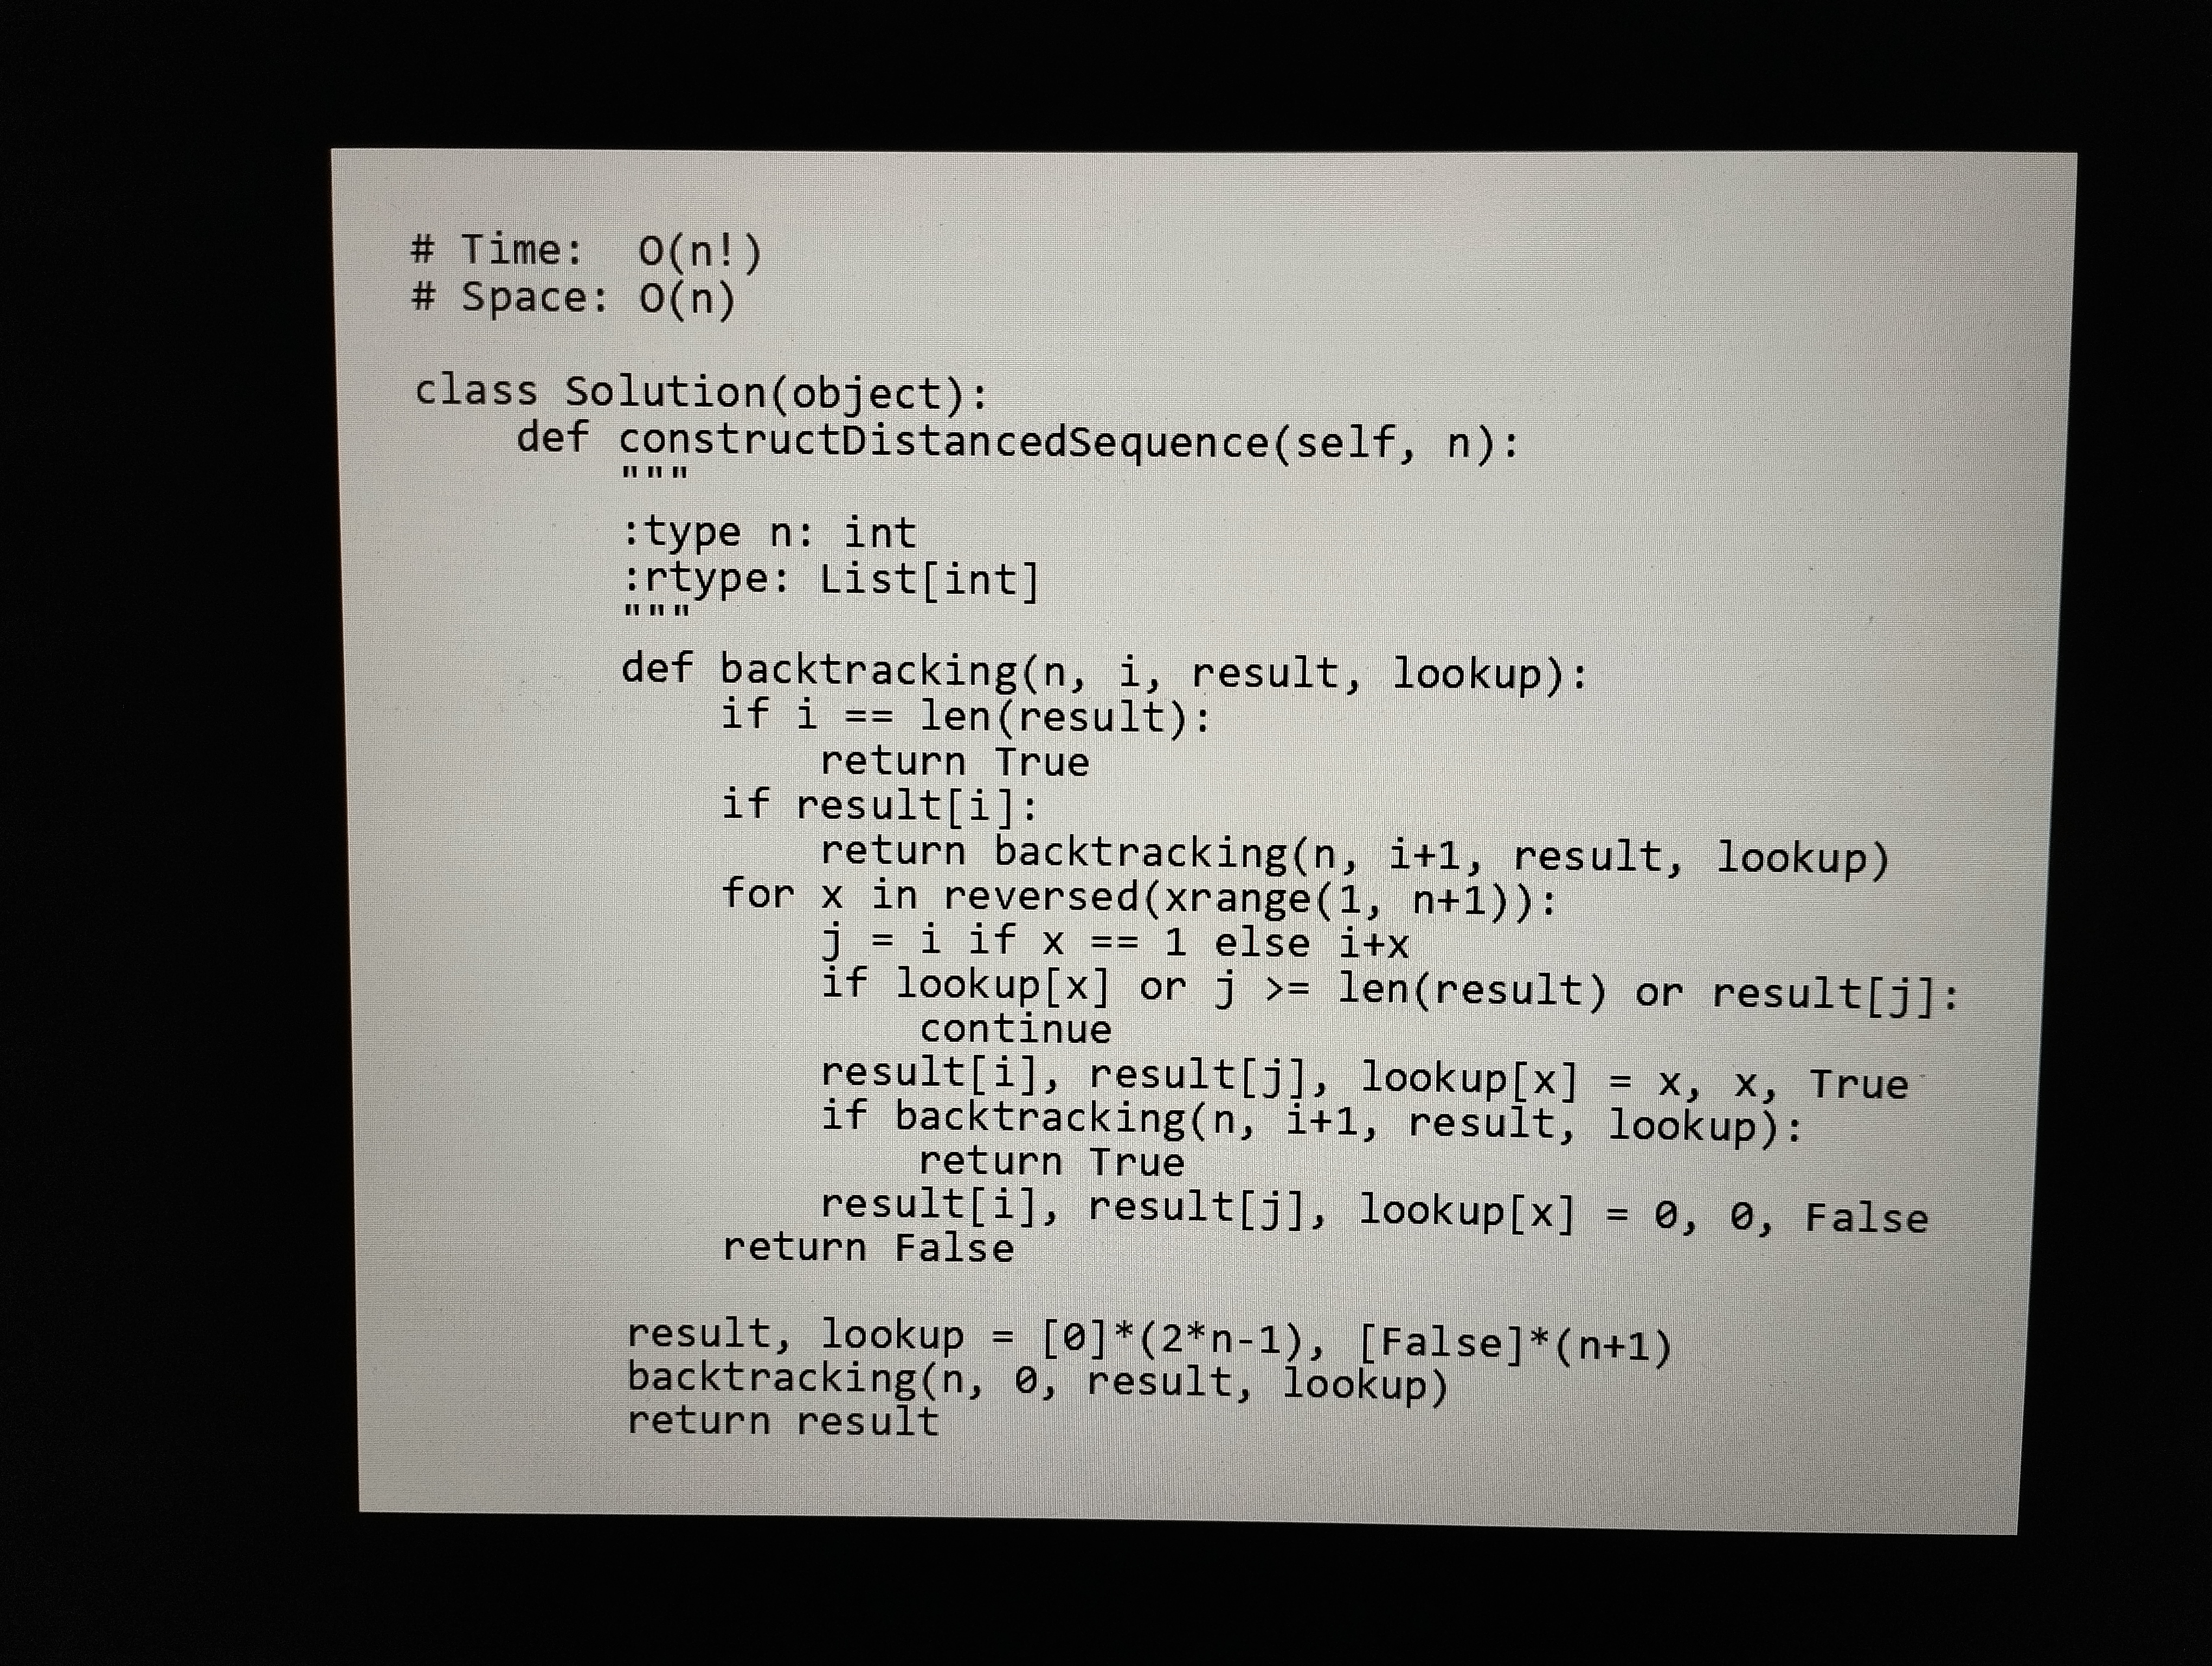
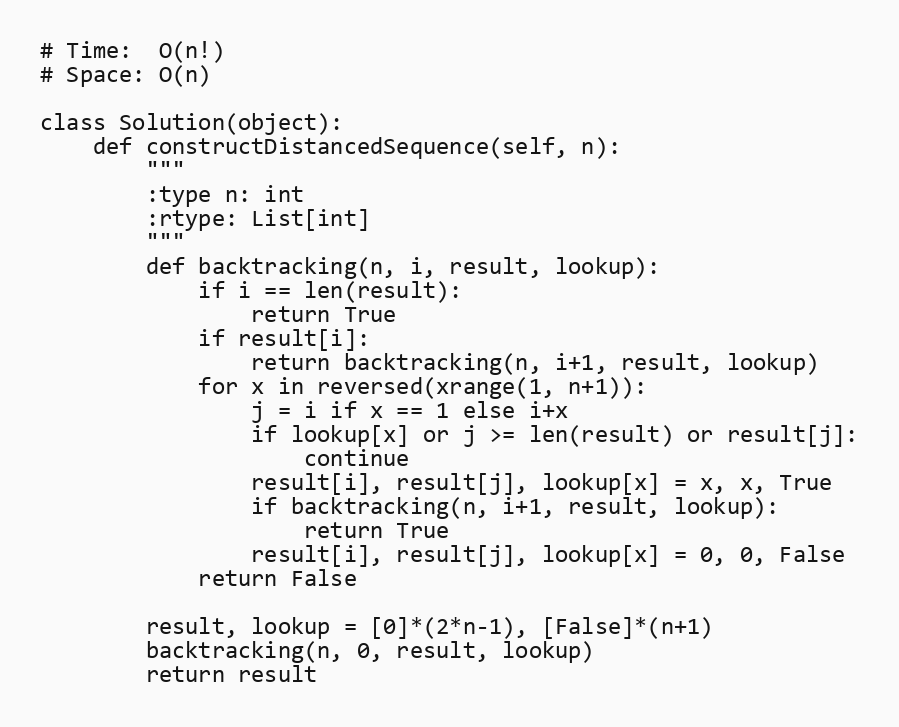
# Time:  O(n!)
# Space: O(n)

class Solution(object):
    def constructDistancedSequence(self, n):
        """
        :type n: int
        :rtype: List[int]
        """
        def backtracking(n, i, result, lookup):
            if i == len(result):
                return True
            if result[i]:
                return backtracking(n, i+1, result, lookup)
            for x in reversed(xrange(1, n+1)):
                j = i if x == 1 else i+x
                if lookup[x] or j >= len(result) or result[j]:
                    continue
                result[i], result[j], lookup[x] = x, x, True
                if backtracking(n, i+1, result, lookup):
                    return True
                result[i], result[j], lookup[x] = 0, 0, False
            return False

        result, lookup = [0]*(2*n-1), [False]*(n+1)
        backtracking(n, 0, result, lookup)
        return result